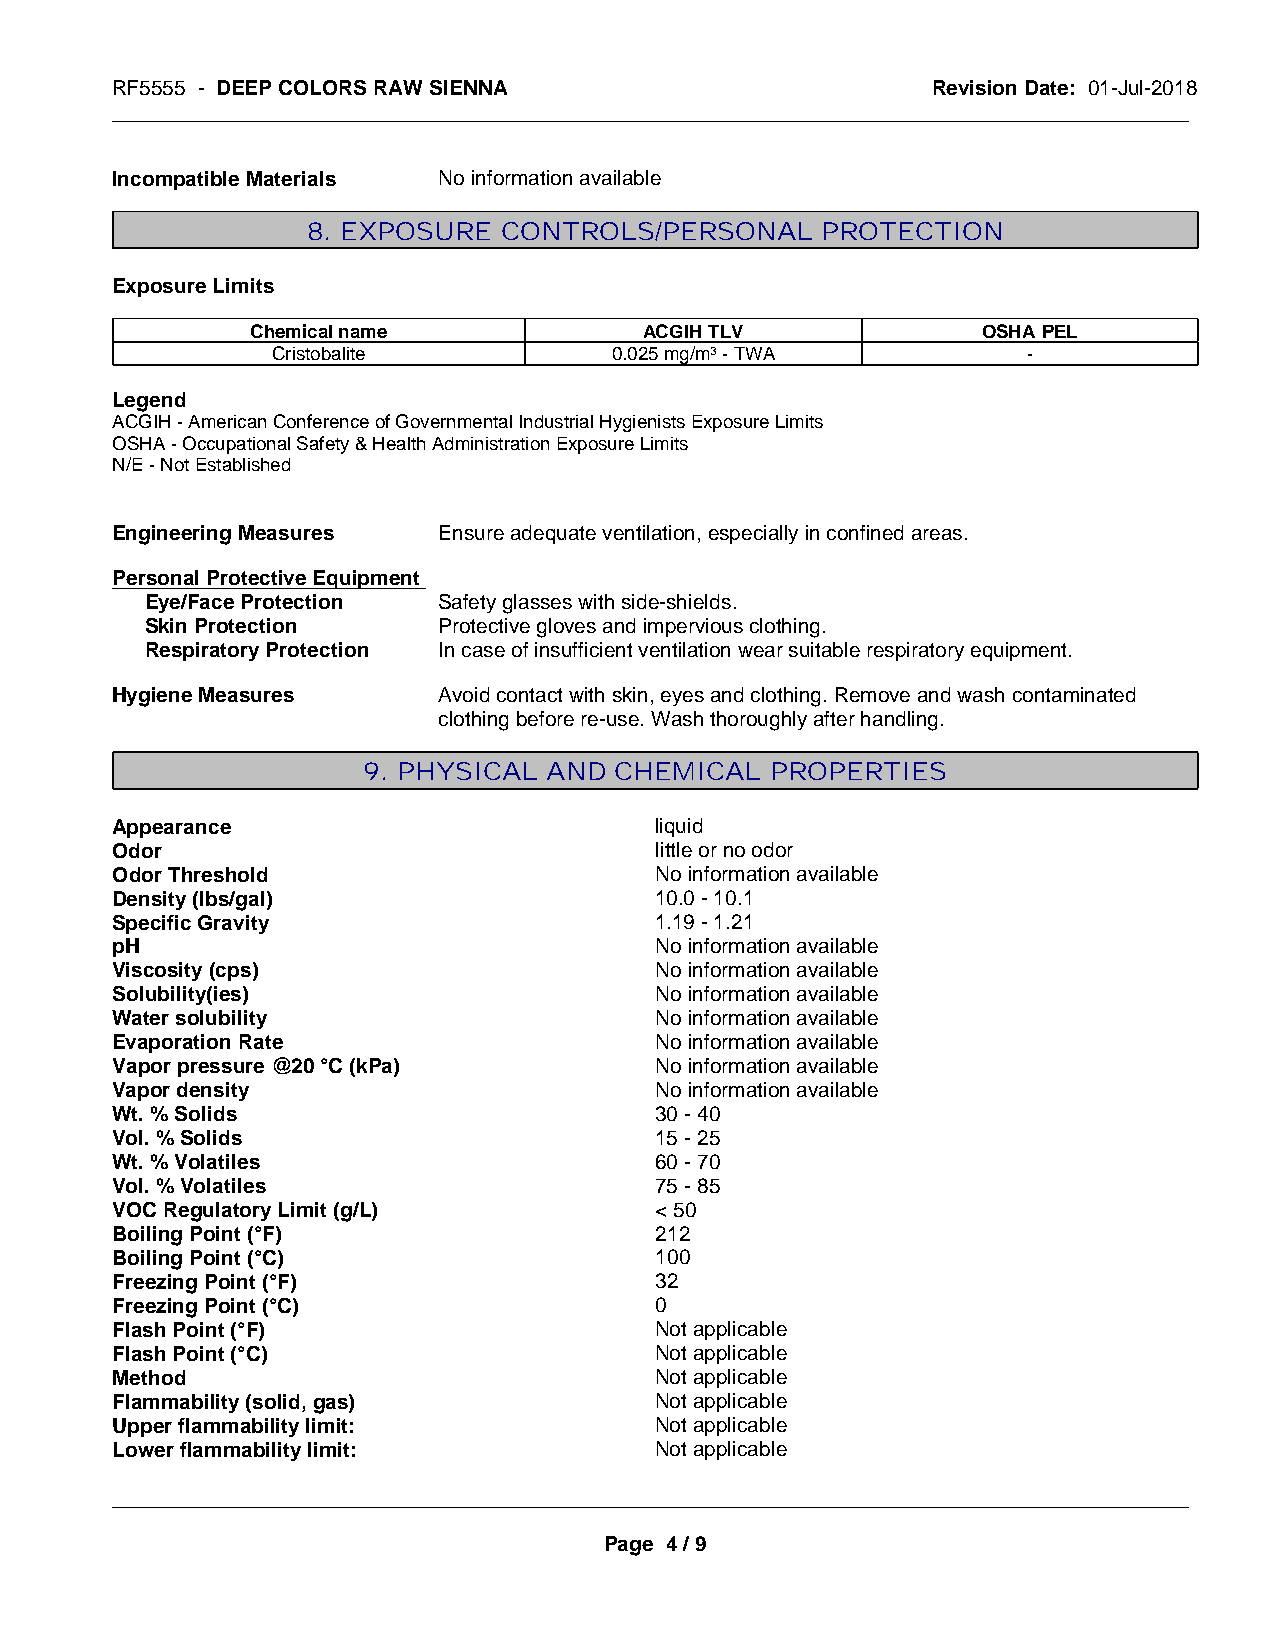
RF5555 - DEEP COLORS RAW SIENNA                        Revision Date: 01-Jul-2018
 _____________________________________________________________________________________________
 Incompatible Materials No information available
 8. EXPOSURE  CONTROLS/PERSONAL    PROTECTION
 Exposure Limits
 Chemical name             ACGIH TLV             OSHA PEL
 Cristobalite          0.025 mg/m3 - TWA           -
 Legend
 ACGIH - American Conference of Governmental Industrial Hygienists Exposure Limits
 OSHA - Occupational Safety & Health Administration Exposure Limits
 N/E - Not Established
 Engineering Measures  Ensure adequate ventilation, especially in confined areas.
 Personal Protective Equipment
 Eye/Face Protection Safety glasses with side-shields.
 Skin Protection    Protective gloves and impervious clothing.
 Respiratory Protection In case of insufficient ventilation wear suitable respiratory equipment.
 Hygiene Measures      Avoid contact with skin, eyes and clothing. Remove and wash contaminated
 clothing before re-use. Wash thoroughly after handling.
 9. PHYSICAL AND  CHEMICAL  PROPERTIES
 Appearance                          liquid
 Odor                                little or no odor
 Odor Threshold                      No information available
 Density (lbs/gal)                   10.0 - 10.1
 Specific Gravity                    1.19 - 1.21
 pH                                  No information available
 Viscosity (cps)                     No information available
 Solubility(ies)                     No information available
 Water solubility                    No information available
 Evaporation Rate                    No information available
 Vapor pressure @20 °C (kPa)         No information available
 Vapor density                       No information available
 Wt. % Solids                        30 - 40
 Vol. % Solids                       15 - 25
 Wt. % Volatiles                     60 - 70
 Vol. % Volatiles                    75 - 85
 VOC Regulatory Limit (g/L)          < 50
 Boiling Point (°F)                  212
 Boiling Point (°C)                  100
 Freezing Point (°F)                 32
 Freezing Point (°C)                 0
 Flash Point (°F)                    Not applicable
 Flash Point (°C)                    Not applicable
 Method                              Not applicable
 Flammability (solid, gas)           Not applicable
 Upper flammability limit:           Not applicable
 Lower flammability limit:           Not applicable
 _____________________________________________________________________________________________
 Page 4 / 9